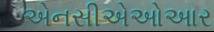
એનસીએઓઆર